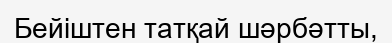
Бейіштен татқай шәрбәтты,